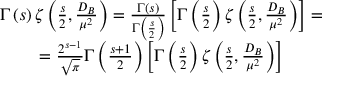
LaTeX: \begin{array} { c } { { \Gamma \left( s \right) \zeta \left( \frac s 2 , \frac { D _ { B } } { \mu ^ { 2 } } \right) = \frac { \Gamma \left( s \right) } { \Gamma \left( \frac s 2 \right) } \left[ \Gamma \left( \frac s 2 \right) \zeta \left( \frac s 2 , \frac { D _ { B } } { \mu ^ { 2 } } \right) \right] = } } \\ { { = \frac { 2 ^ { s - 1 } } { \sqrt { \pi } } \Gamma \left( \frac { s + 1 } 2 \right) \left[ \Gamma \left( \frac s 2 \right) \zeta \left( \frac s 2 , \frac { D _ { B } } { \mu ^ { 2 } } \right) \right] } } \end{array}